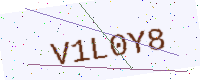
Text: V1L0Y8